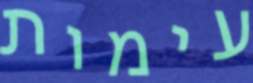
עימות